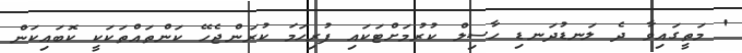
' މަތީގައިވާ ދެ ލަނޑުދަނޑި ހާސިލް ކުރުމަށްޓަކައި ފުރިހަމަ ކުރަންޖެހޭ ކަންތައްތަކަކީ ކޮބައިކަން